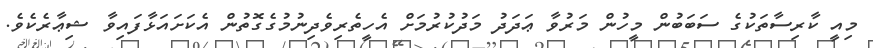
މިއީ ކާރިސާތަކުގެ ސަބަބުން މީހުން މަރުވާ ޢަދަދު މަދުކުރުމަށް އެހީތެރިވެދިނުމުގެގޮތުން އެކަށައަޅާފައިވާ ޝިޢާރެކެވެ.